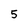
Character: 5